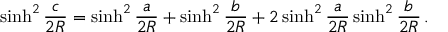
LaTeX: \sinh ^ { 2 } { \frac { c } { 2 R } } = \sinh ^ { 2 } { \frac { a } { 2 R } } + \sinh ^ { 2 } { \frac { b } { 2 R } } + 2 \sinh ^ { 2 } { \frac { a } { 2 R } } \sinh ^ { 2 } { \frac { b } { 2 R } } \, .